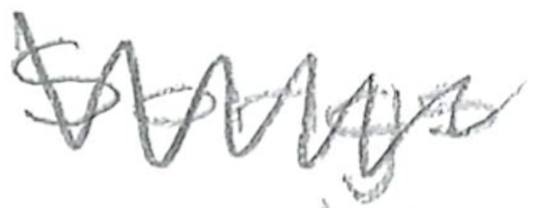
Text: Songs
Cross-out: zig-zag
Writing tool: pencil